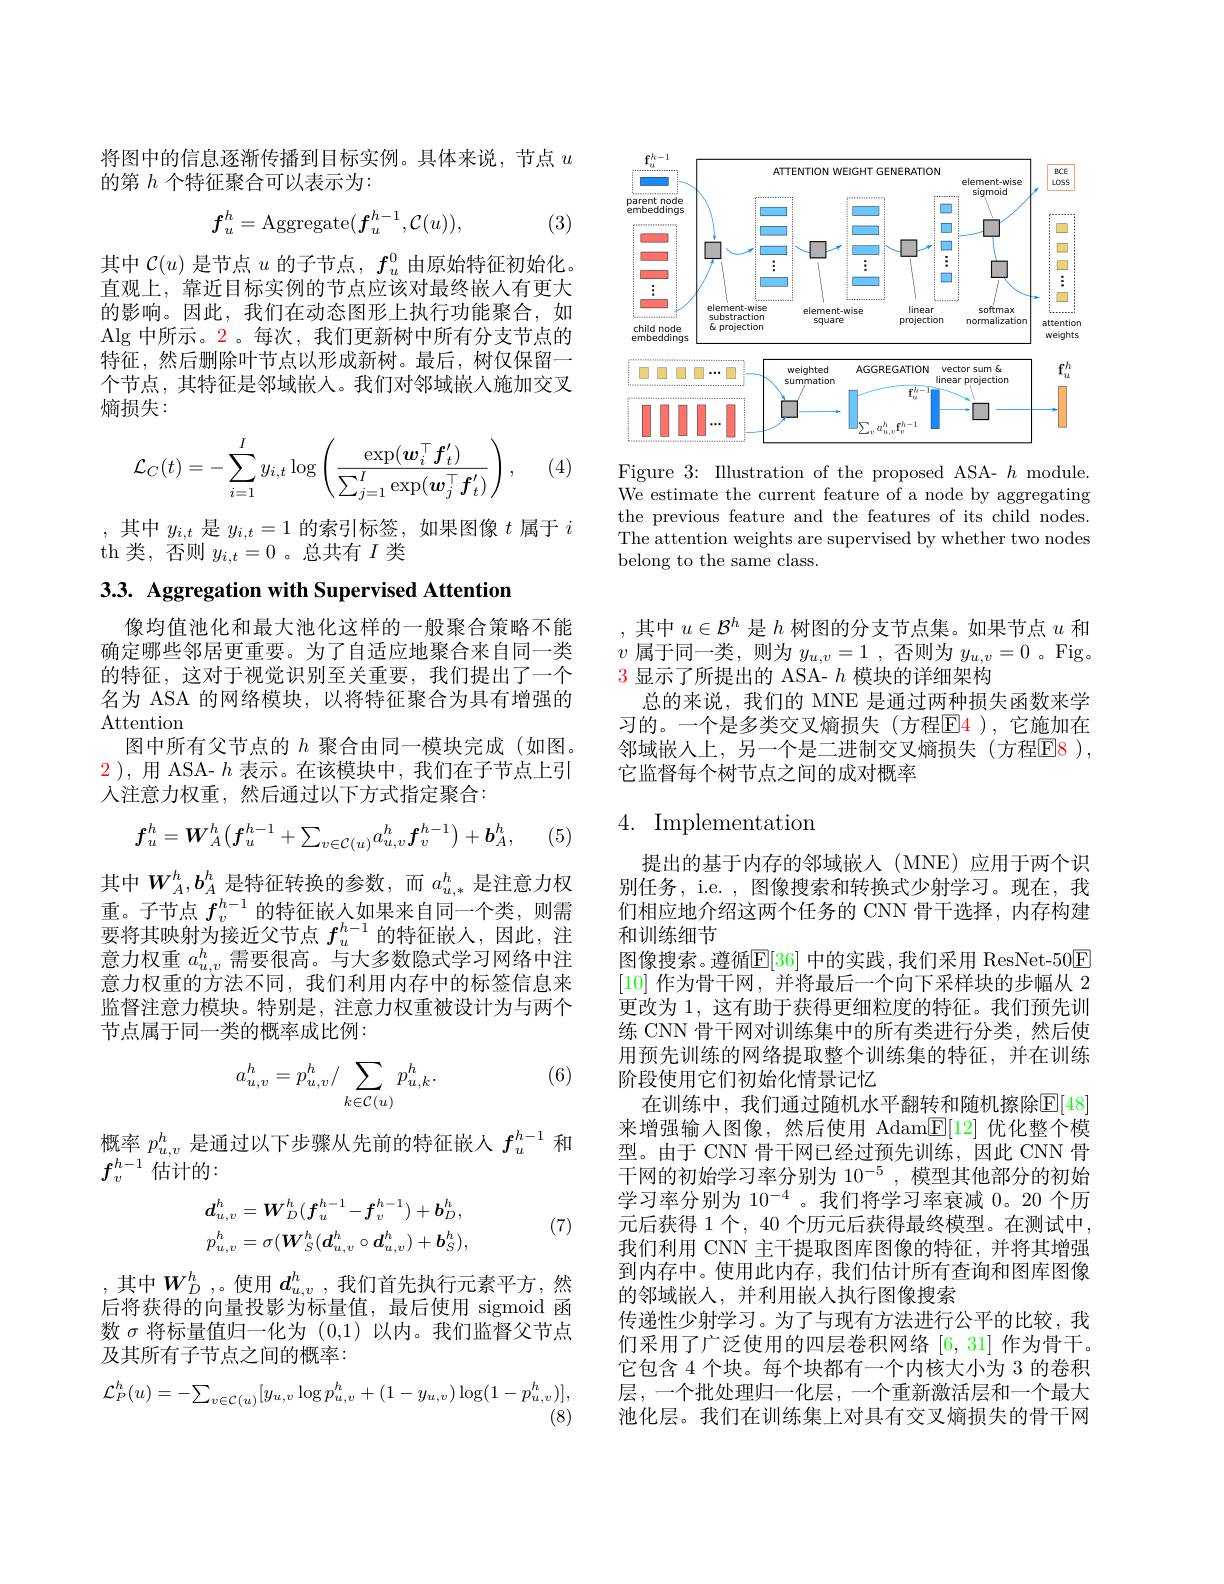
<FigureHere>

Figure 3: Illustration of the proposed ASA- $h$ module. We estimate the current feature of a node by aggregating the previous feature and the features of its child nodes. The attention weights are supervised by whether two nodes belong to the same class.

将图中的信息逐渐传播到目标实例。具体来说，节点$u$
的第$h$个特征聚合可以表示为：
$$f_u^h=\mathrm{Aggregate}(f_u^{h-1},\mathcal{C}(u)),$$
(3)

其中$\mathcal{C}(u)$是节点$u$的子节点，$f_u^0$由原始特征初始化。直观上，靠近目标实例的节点应该对最终嵌人有更大的影响。因此，我们在动态图形上执行功能聚合，如Alg 中所示。2。每次，我们更新树中所有分支节点的特征，然后删除叶节点以形成新树。最后，树仅保留一个节点，其特征是邻域嵌入。我们对邻域嵌人施加交叉熵损失：

(4,
$$\mathcal{L}_C(t)=-\sum_{i=1}^Iy_{i,t}\log\left(\frac{\exp(\boldsymbol{w}_i^\top\boldsymbol{f}_t^\prime)}{\sum_{j=1}^I\exp(\boldsymbol{w}_j^\top\boldsymbol{f}_t^\prime)}\right),$$
,其中$y_i,t$是$y_{i,t}=1$的索引标签，如果图像$t$属于$i$
th 类，否则$y_i,t=0$ 。总共有$I$类

3.3. Aggregation with Supervised Attention

像均值池化和最大池化这样的一般聚合策略不能确定哪些邻居更重要。为了自适应地聚合来自同一类的特征，这对于视觉识别至关重要，我们提出了一个名为 ASA 的网络模块，以将特征聚合为具有增强的Attention
图中所有父节点的$h$聚合由同一模块完成(如图。2 ),用 ASA- $h$表示。在该模块中，我们在子节点上引人注意力权重，然后通过以下方式指定聚合：
$$f_u^h=\boldsymbol{W}_A^h\left(\boldsymbol{f}_u^{h-1}+\sum_{v\in\mathcal{C}(u)}a_{u,v}^h\boldsymbol{f}_v^{h-1}\right)+\boldsymbol{b}_A^h,$$
(5,

其中$W_{A}^{h},b_{A}^{h}$是特征转换的参数，而$a_{u,*}^{h}$是注意力权重。子节点$f_v^{h-1}$的特征嵌入如果来自同一个类，则需要将其映射为接近父节点$f_u^{h-1}$的特征嵌人，因此，注意力权重$a_{u,v}^h$需要很高。与大多数隐式学习网络中注意力权重的方法不同，我们利用内存中的标签信息来监督注意力模块。特别是，注意力权重被设计为与两个节点属于同一类的概率成比例：

(6)
$$a_{u,v}^h=p_{u,v}^h/\sum_{k\in\mathcal{C}(u)}p_{u,k}^h.$$
概率$p_{u,v}^h$是通过以下步骤从先前的特征嵌入$f_u^{h-1}$和
$f_v^{h-1}$估计的：
$$d_{u,v}^{h}=\boldsymbol{W}_{D}^{h}(\boldsymbol{f}_{u}^{h-1}-\boldsymbol{f}_{v}^{h-1})+\boldsymbol{b}_{D}^{h},\\p_{u,v}^{h}=\sigma(\boldsymbol{W}_{S}^{h}(\boldsymbol{d}_{u,v}^{h}\circ\boldsymbol{d}_{u,v}^{h})+\boldsymbol{b}_{S}^{h}),$$
(7)

,其中$W_D^h$,。使用 $d_{u,v}^h$, 我们首先执行元素平方，然后将获得的向量投影为标量值，最后使用 sigmoid 函数$\sigma$将标量值归一化为 (0,1)以内。我们监督父节点及其所有子节点之间的概率：
$$\mathcal{L}_{P}^{h}(u)=-\sum_{v\in\mathcal{C}(u)}[y_{u,v}\log p_{u,v}^{h}+(1-y_{u,v})\log(1-p_{u,v}^{h})],$$
(8)

其中$u\in\mathcal{B}^h$是$h$树图的分支节点集。如果节点$u$和$v$属于同一类，则为$y_u,v=1$ ,否则为$y_u,v=0$ 。Fig。3显示了所提出的 ASA- $h$模块的详细架构
总的来说，我们的 MNE 是通过两种损失函数来学习的。一个是多类交叉熵损失(方程$\color{red}{\mathrm{E}}\color{blue}{\mathrm{E}}\color{red}{\mathrm{4}}$),它施加在邻域嵌人上，另一个是二进制交叉熵损失(方程$\color{red}{\mathrm{E}}\color{red}{\mathrm{E}}\color{red}{\mathrm{8}}$), 它监督每个树节点之间的成对概率

## 4. Implementation

提出的基于内存的邻域嵌人(MNE)应用于两个识别任务，i.e. , 图像搜索和转换式少射学习。现在，我们相应地介绍这两个任务的 CNN 骨干选择，内存构建和训练细节
图像搜索。遵循$\mathbb{E}[36]$ 中的实践，我们采用 ResNet-50$\mathbb{F}$ [10]作为骨干网，并将最后一个向下采样块的步幅从 2更改为 1, 这有助于获得更细粒度的特征。我们预先训练 CNN 骨干网对训练集中的所有类进行分类，然后使用预先训练的网络提取整个训练集的特征，并在训练阶段使用它们初始化情景记忆
在训练中，我们通过随机水平翻转和随机擦除$\overline{\mathbb{E}}[48]$ 来增强输入图像，然后使用 Adam$\underline{\mathbb{E}}[12]$优化整个模型。由于 CNN 骨干网已经过预先训练，因此 CNN 骨干网的初始学习率分别为$10^{-5}$,模型其他部分的初始学习率分别为 10$^{-4}$。我们将学习率衰减 0。20 个历元后获得 1 个，40 个历元后获得最终模型。在测试中我们利用 CNN 主干提取图库图像的特征，并将其增强到内存中。使用此内存，我们估计所有查询和图库图像的邻域嵌入，并利用嵌人执行图像搜索
传递性少射学习。为了与现有方法进行公平的比较，我们采用了广泛使用的四层卷积网络[6,31]作为骨干。它包含 4 个块。每个块都有一个内核大小为 3 的卷积层，一个批处理归一化层，一个重新激活层和一个最大池化层。我们在训练集上对具有交叉熵损失的骨干网